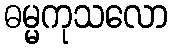
ဓမ္မကုသလော